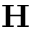
\mathbf { H }